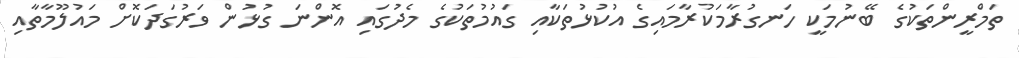
ތަމްރީންތަކުގެ ބޭނުމަކީ ހަނގުރާމަކުރާމައިގެ އުކުޅުތަކާއި ގައުމުތަކުގެ މެދުގައި އޮންނަ ގުޅުން ވަރުގަދަކޮށް މައުލޫމާތާއި